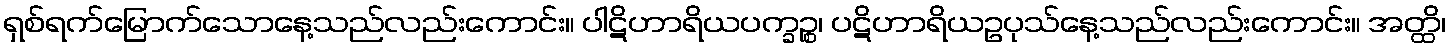
ရှစ်ရက်မြောက်သောနေ့သည်လည်းကောင်း။ ပါဋိဟာရိယပက္ခဉ္စ၊ ပဋိဟာရိယဥပုသ်နေ့သည်လည်းကောင်း။ အတ္ထိ၊